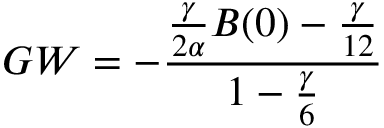
G W = - \frac { \frac { \gamma } { 2 \alpha } B ( 0 ) - { \frac { \gamma } { 1 2 } } } { 1 - { \frac { \gamma } { 6 } } }